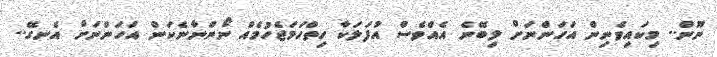
ނޫން.. މިކައިވެނިން އަހަންނަށް ލިބޭނެ އެއްވެސް އުފަލަކާ ހިތްހަމަޖެހުމެއް ނޯންނާނެކަން އަހަންނަށް އެނގޭ..